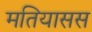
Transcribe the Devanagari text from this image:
मतियासस